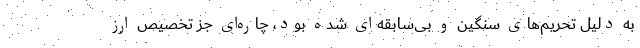
به دلیل تحریم‌های سنگین و بی‌سابقه‌ای شده بود، چاره‌ای جز تخصیص ارز